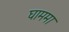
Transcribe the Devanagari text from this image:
घाममा